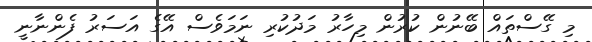
މި ގޭސްތައް ބޭނުން ކުރުން މިހާރު މަދުކުރި ނަމަވެސް އޭގެ އަސަރު ފެންނާނީ